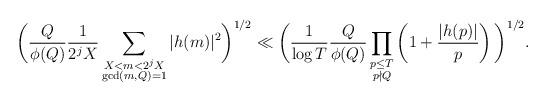
LaTeX: \begin{align*} \bigg(\frac{Q}{\phi(Q)} \frac{1}{2^j X} \sum_{\substack{X < m < 2^j X \\ \gcd(m,Q)=1 }} |h(m)|^2 \bigg)^{1/2} &\ll \bigg( \frac{1}{\log T} \frac{Q}{\phi(Q)} \prod_{\substack{p \leq T\\ p\nmid Q}} \left(1 + \frac{|h(p)|}{p}\right)\bigg)^{1/2}.\end{align*}